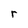
Character: r